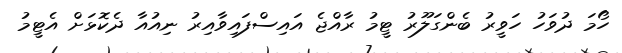
ހޯމަ ދުވަހު ހަވީރު ބެންގަލޫރު ޓީމު ރާއްޖެ އައިސްފައިވާއިރު ނިއުއާ ދެކޮޅަށް އެޓީމު